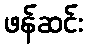
ဖန်ဆင်း